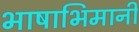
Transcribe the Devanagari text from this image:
भाषाभिमानी